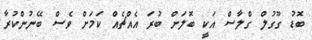
ބޮޑު ގޫގުލް ގްލާސް އަކީ ބޮލަށް ބުރަ އެއްޗެއް ކަމަށް ވެސް ބޭނުންކުރާ